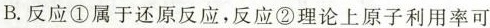
B.反应①属于还原反应，反应②理论上原子利用率可